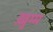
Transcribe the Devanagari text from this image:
ख़ुम्म